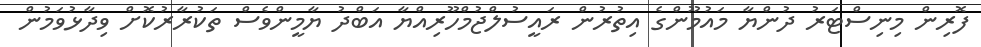
ފޮރިން މިނިސްޓަރު ދުންޔާ މައުމޫންގެ އިތުރުން ރައީސުލްޖުމްހޫރިއްޔާ އަބްދު ޔާމީންވެސް ތަކުރާރުކޮށް ވިދާޅުވަމުން